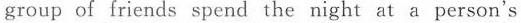
group of friends spend the night at a person's